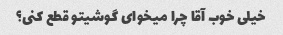
خیلی خوب آقا چرا میخوای گوشیتو قطع کنی؟